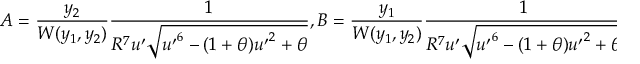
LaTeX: A = \frac { y _ { 2 } } { W ( y _ { 1 } , y _ { 2 } ) } \frac { 1 } { R ^ { 7 } u ^ { \prime } \sqrt { { u ^ { \prime } } ^ { 6 } - ( 1 + \theta ) { u ^ { \prime } } ^ { 2 } + \theta } } , B = \frac { y _ { 1 } } { W ( y _ { 1 } , y _ { 2 } ) } \frac { 1 } { R ^ { 7 } u ^ { \prime } \sqrt { { u ^ { \prime } } ^ { 6 } - ( 1 + \theta ) { u ^ { \prime } } ^ { 2 } + \theta } } .